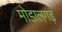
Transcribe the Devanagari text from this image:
मोडालगढ़